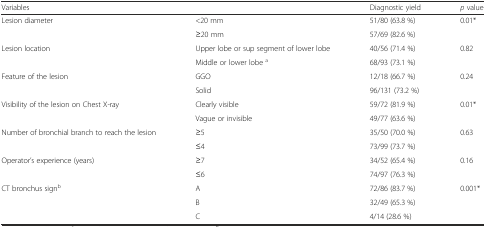
<table><thead><tr><td colspan="2"><b>Variables</b></td><td><b>Diagnostic yield</b></td><td><b><i>p</i> value</b></td></tr></thead><tbody><tr><td rowspan="2">Lesion diameter</td><td>&lt;20 mm</td><td>51/80 (63.8 %)</td><td>0.01*</td></tr><tr><td>≥20 mm</td><td>57/69 (82.6 %)</td><td>[EMPTY_CELL]</td></tr><tr><td rowspan="2">Lesion location</td><td>Upper lobe or sup segment of lower lobe</td><td>40/56 (71.4 %)</td><td>0.82</td></tr><tr><td>Middle or lower lobe <sup>a</sup></td><td>68/93 (73.1 %)</td><td>[EMPTY_CELL]</td></tr><tr><td rowspan="2">Feature of the lesion</td><td>GGO</td><td>12/18 (66.7 %)</td><td>0.24</td></tr><tr><td>Solid</td><td>96/131 (73.2 %)</td><td>[EMPTY_CELL]</td></tr><tr><td rowspan="2">Visibility of the lesion on Chest X-ray</td><td>Clearly visible</td><td>59/72 (81.9 %)</td><td>0.01*</td></tr><tr><td>Vague or invisible</td><td>49/77 (63.6 %)</td><td>[EMPTY_CELL]</td></tr><tr><td rowspan="2">Number of bronchial branch to reach the lesion</td><td>≥5</td><td>35/50 (70.0 %)</td><td>0.63</td></tr><tr><td>≤4</td><td>73/99 (73.7 %)</td><td>[EMPTY_CELL]</td></tr><tr><td rowspan="2">Operator’s experience (years)</td><td>≥7</td><td>34/52 (65.4 %)</td><td>0.16</td></tr><tr><td>≤6</td><td>74/97 (76.3 %)</td><td>[EMPTY_CELL]</td></tr><tr><td rowspan="3">CT bronchus sign<sup>b</sup></td><td>A</td><td>72/86 (83.7 %)</td><td>0.001*</td></tr><tr><td>B</td><td>32/49 (65.3 %)</td><td>[EMPTY_CELL]</td></tr><tr><td>C</td><td>4/14 (28.6 %)</td><td>[EMPTY_CELL]</td></tr></tbody></table>